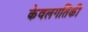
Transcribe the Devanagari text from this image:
केवलगतिकी